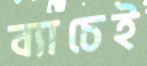
ব্যাচেই